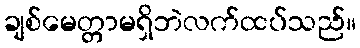
ချစ်မေတ္တာမရှိဘဲလက်ထပ်သည်။